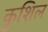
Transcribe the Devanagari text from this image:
कुशिल